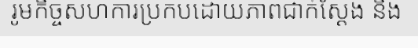
រូមកិច្ចសហការប្រកបដោយភាពជាក់ស្តែង និង